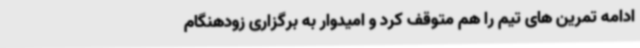
ادامه تمرین های تیم را هم متوقف کرد و امیدوار به برگزاری زودهنگام